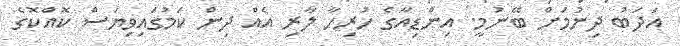
އަދަބު ދިނުމަށް ބޭނުމީ. އިންޑިއާގެ ހުރިހާ ލާރި އެއް ދިން ކަމުގައިވިޔަސް ކޮއްކޮގެ